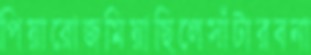
পিয়ারোজমিয়াছিলেসাঁটারবনা